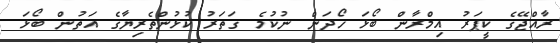
ރާއްޖޭގެ ކީޕަރު އިމްރާން ބޯޅަ ހޯދަން ނުކުމެ ގަތަރު ކުޅުންތެރިޔާގެ އަތުން ބޯޅަ